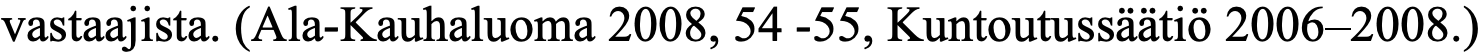
vastaajista. (Ala-Kauhaluoma 2008, 54 -55, Kuntoutussäätiö 2006–2008.)